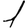
Digit: 1